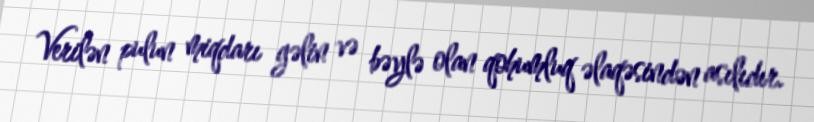
Verilən pulun miqdarı gəlin və bəylə olan qohumluq əlaqəsindən asılıdır.